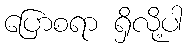
ပြောစရာ ရှိလို့ပါ